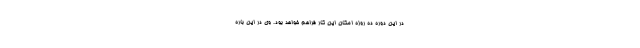
در این دوره ده روزه امکان این کار فراهم خواهد بود. وی در این باره